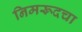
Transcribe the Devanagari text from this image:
निमरूदचा